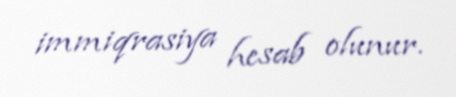
immiqrasiya hesab olunur.